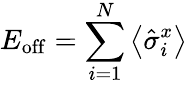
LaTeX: E_{\mathrm{off}}=\sum_{i=1}^{N}\left\langle\hat{\sigma}_{i}^{x}\right\rangle